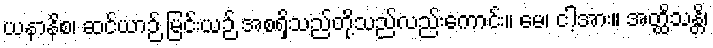
ယနာနိစ၊ ဆင်ယာဉ် မြင်းယဉ် အစရှိသည်တို့သည်လည်းကောင်း။ မေ၊ ငါ့အား။ အတ္ထိသန္တိ၊